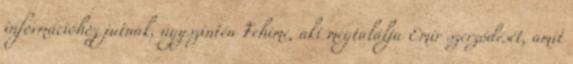
információhoz jutnak, úgyszintén Fehime, aki megtalálja Emir szerződését, amit